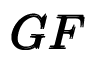
\pmb { G F }